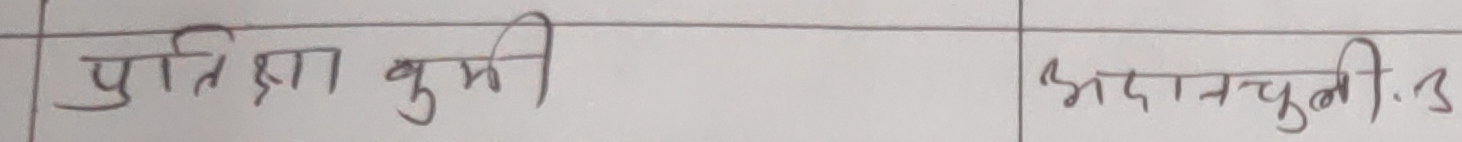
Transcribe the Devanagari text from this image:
पुतिज्ञा कुमी भदानचुनी.3